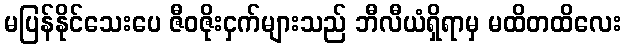
မပြန်နိုင်သေးပေ ဇီဝဇိုးငှက်များသည် ဘီလီယံရှိရာမှ မထိတထိလေး